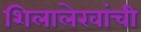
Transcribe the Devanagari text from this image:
शिलालेखांची